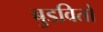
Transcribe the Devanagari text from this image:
बुडवितो